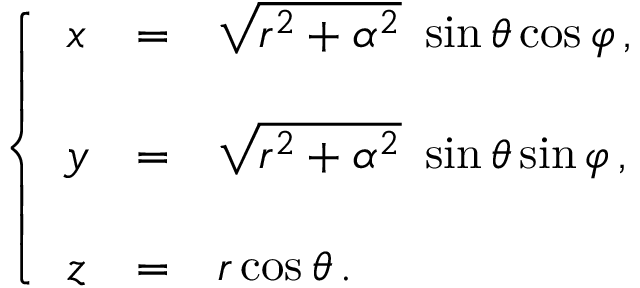
\left\{ \begin{array} { c c l } { { x } } & { { = } } & { { \sqrt { r ^ { 2 } + \alpha ^ { 2 } } \ \sin { \theta } \cos { \varphi } \, , } } \\ { { } } & { { } } & { { } } \\ { { y } } & { { = } } & { { \sqrt { r ^ { 2 } + \alpha ^ { 2 } } \ \sin { \theta } \sin { \varphi } \, , } } \\ { { } } & { { } } & { { } } \\ { { z } } & { { = } } & { { r \cos { \theta } \, . } } \end{array} \right.